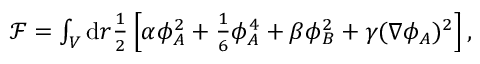
\begin{array} { r } { \mathcal { F } = \int _ { V } \mathrm { d } r \frac { 1 } { 2 } \left[ \alpha \phi _ { A } ^ { 2 } + \frac { 1 } { 6 } \phi _ { A } ^ { 4 } + \beta \phi _ { B } ^ { 2 } + \gamma ( \nabla \phi _ { A } ) ^ { 2 } \right] , } \end{array}